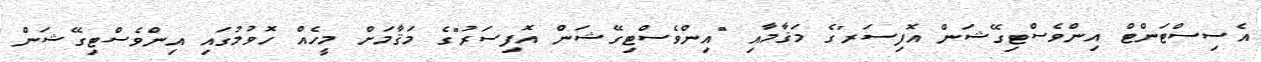
އެސިސްޓަންޓް އިންވެސްޓިގޭޝަން އޮފިސަރ"ގެ މަޤާމާއި "އިންވެސްޓިގޭޝަން އޮފިސަރު"ގެ މަޤާމަށް މީހެއް ހޮވުމުގައި އިންވެސްޓިގޭޝަން